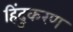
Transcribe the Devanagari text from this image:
हिंदुकरण